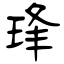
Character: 琒